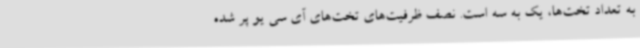
به تعداد تخت‌ها، یک به سه است. نصف ظرفیت‌های تخت‌های آی سی یو پر شده